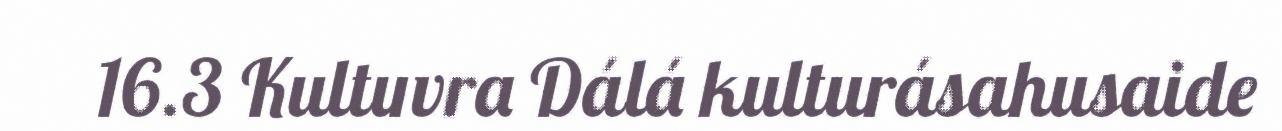
16.3 Kultuvra Dálá kulturásahusaide